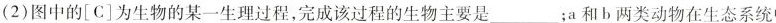
(2)图中的[C]为生物的某一生理过程，完成该过程的生物主要是___；a和b两类动物在生态系统